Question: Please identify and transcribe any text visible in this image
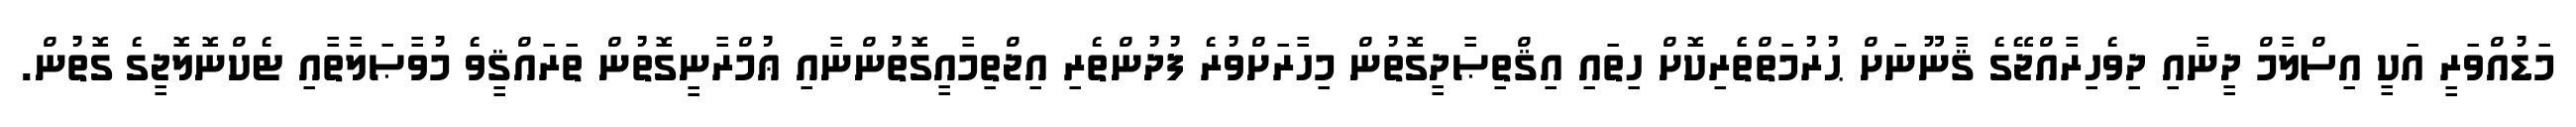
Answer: މަޑުއްވަރީ އަކީ އިސްލާމް ދީނާއި ދިވެހިރާއްޖޭގެ ޤާނޫނަށް ޙުރުމަތްތެެރިކޮށް ހިތައި އިޤްތިޞާދީގޮތުން މިހާރަށްވުރެ ފުދުންތެރި އިޖްތިމާއީގޮތުންނާއި ޢުމްރާނީގޮތުން ތަރައްޤީވެ މުވާޞަލާތާއި ޓެކްނޮލޮޖީގެ ގޮތުން.